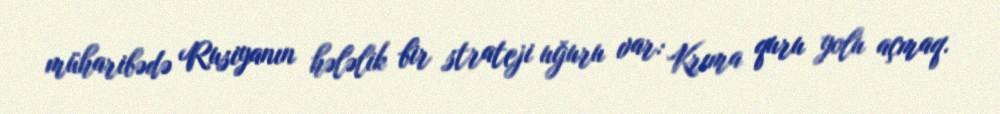
müharibədə Rusiyanın hələlik bir strateji uğuru var: Krıma quru yolu açmaq.